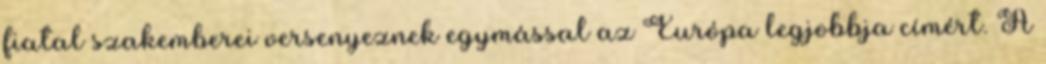
fiatal szakemberei versenyeznek egymással az Európa legjobbja címért. A